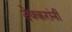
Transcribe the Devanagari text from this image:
देवकरांनी